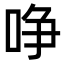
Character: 𠲜